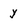
Character: y